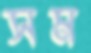
সম